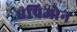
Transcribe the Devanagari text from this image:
एपिओन